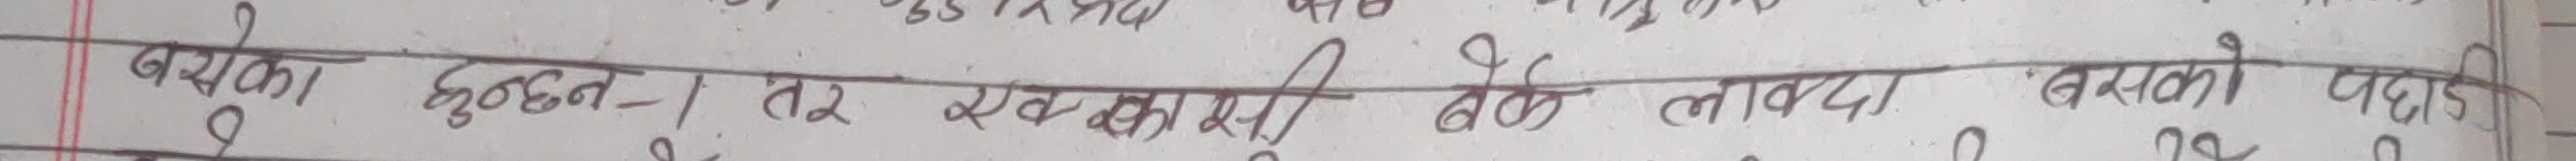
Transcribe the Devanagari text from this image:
बयको हुँदछन् तर एककाषी देखि लाग्दा बसको पछाडि